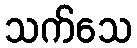
သက်သေ